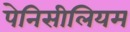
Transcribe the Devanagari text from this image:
पेनिसीलियम